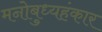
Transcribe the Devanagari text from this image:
मनोबुध्यहंकार